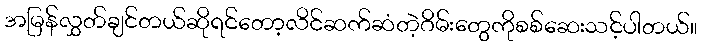
အမြန်လွှတ်ချင်တယ်ဆိုရင်တော့လိင်ဆက်ဆံတဲ့ဂိမ်းတွေကိုစစ်ဆေးသင့်ပါတယ်။